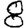
Digit: 8